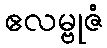
ဧလမ္ဗုဇံ